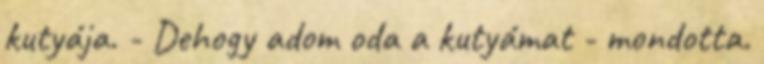
kutyája. - Dehogy adom oda a kutyámat - mondotta.